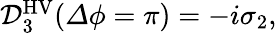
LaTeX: \begin{array}{r}{\mathcal{D}_{3}^{\mathrm{HV}}({\mathit\Delta\phi}=\pi)=-i\sigma_{2},}\end{array}